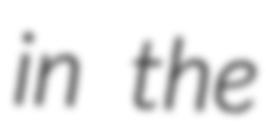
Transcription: in the